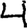
Digit: 4